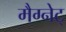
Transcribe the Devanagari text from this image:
मैग्नेट्